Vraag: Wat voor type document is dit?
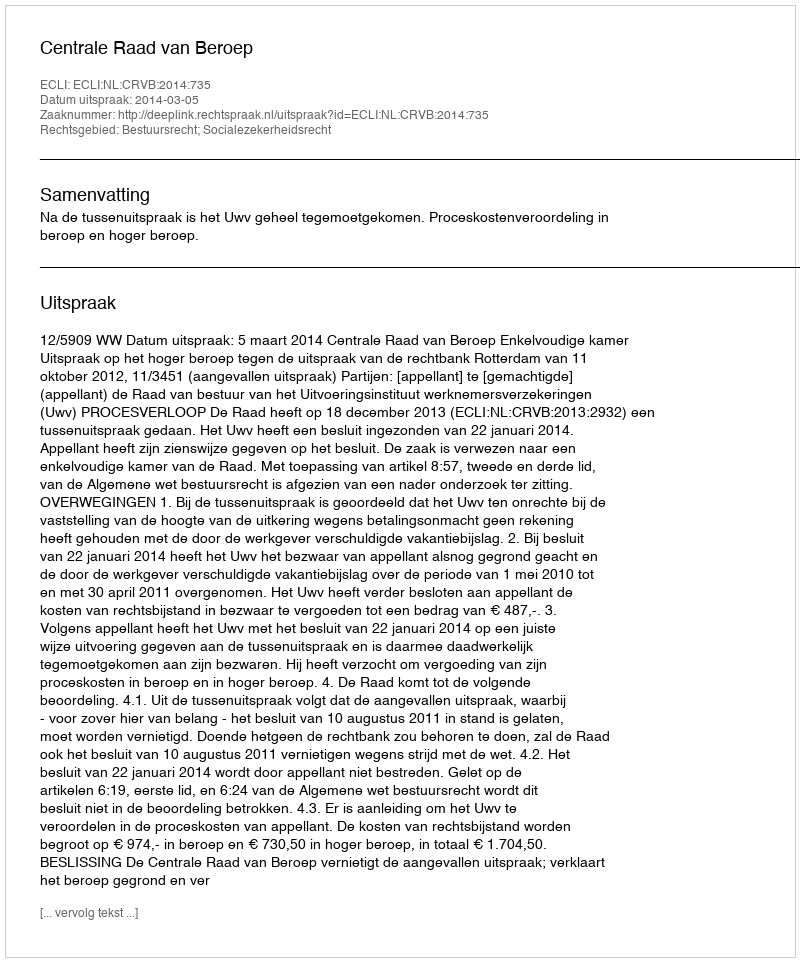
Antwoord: Uitspraak